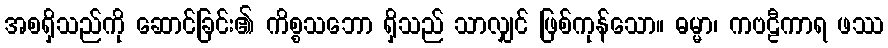
အစရှိသည်ကို ဆောင်ခြင်း၏ ကိစ္စသဘော ရှိသည် သာလျှင် ဖြစ်ကုန်သော။ ဓမ္မာ၊ ကဗဠီကာရ ဖဿ